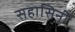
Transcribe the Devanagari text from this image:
सहासिनी